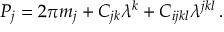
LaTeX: { \cal P } _ { j } = 2 \pi m _ { j } + C _ { j k } \lambda ^ { k } + C _ { i j k l } \lambda ^ { j k l } \, .